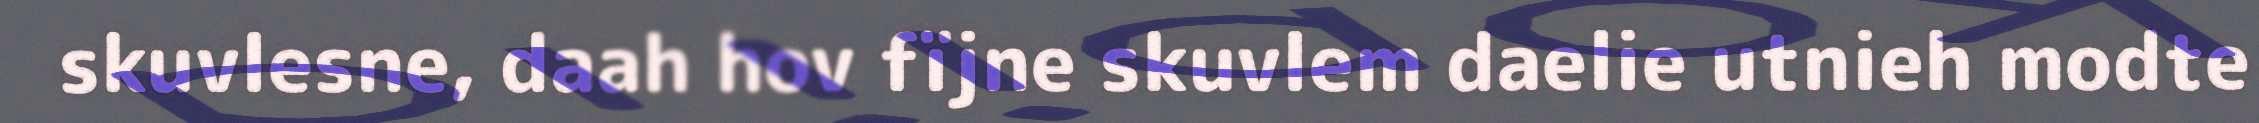
skuvlesne, daah hov fïjne skuvlem daelie utnieh modte